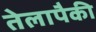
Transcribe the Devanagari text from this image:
तेलापैकी